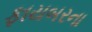
ફાયબરના